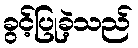
ခွင့်ပြုခဲ့သည်